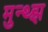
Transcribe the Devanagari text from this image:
मुन्थ्झ